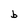
Character: b